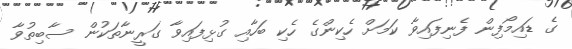
ގެ ޑައިމޯފިން ފެނިފައިވާ ކަމަށް ހެކިންގެ ހެކި ބަހާއި ގުޅިފައިވާ ގަރީނާތަކުން ސާބިތުވާ